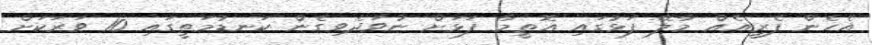
އެހެން ފެރީއެއް މާލޭ ފަޅުގައި އޮތީމާ ފަޅަށް ނުވަދެވިގެން ކަނޑުމަތީގައި 10 ވަރަކަށް